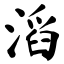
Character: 滔